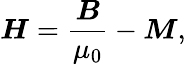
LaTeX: {\boldsymbol{H}}={\frac{\boldsymbol{B}}{\mu_{0}}}-{\boldsymbol{M}},